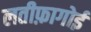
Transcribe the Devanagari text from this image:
लतीफ़ागोई